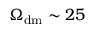
\Omega _ { \mathrm { d m } } \sim 2 5 \